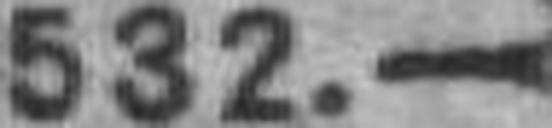
532.—